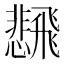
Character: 𲋒